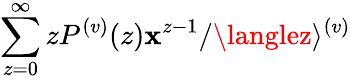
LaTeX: \sum_{z=0}^{\infty}zP^{(v)}(z)\mathbf{x}^{z-1}/\langlez\rangle^{(v)}